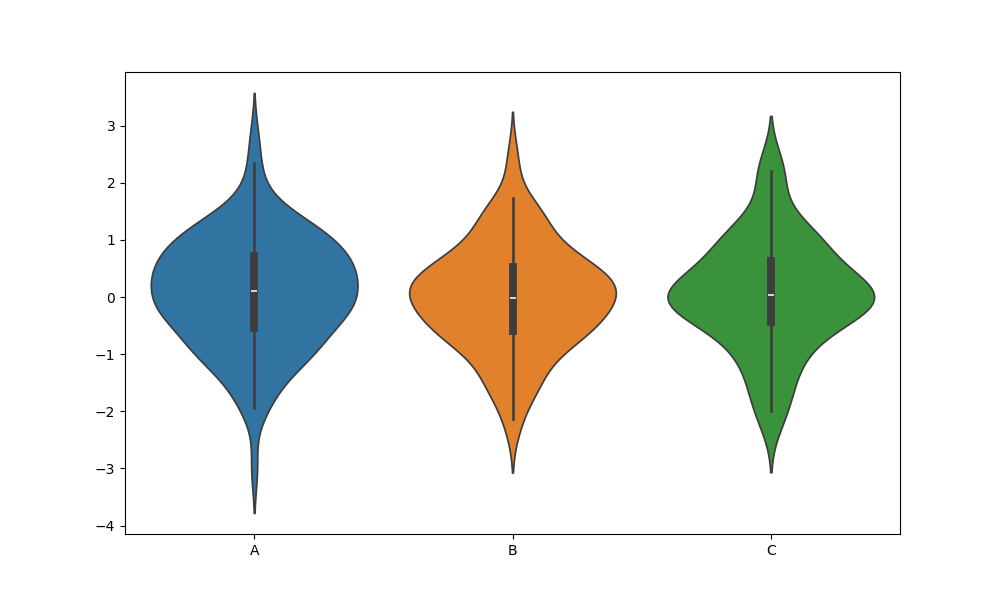
python, seaborn, violinplot, scale='width', split='False', inner='box', fill='True'